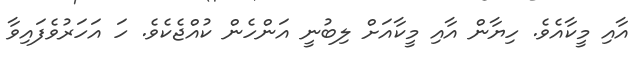
އާއި މީކާއެވެ. ހިޔާން އާއި މީކާއަށް ލިބުނީ އަންހެން ކުއްޖެކެވެ. ހަ އަހަރުވެފައިވާ